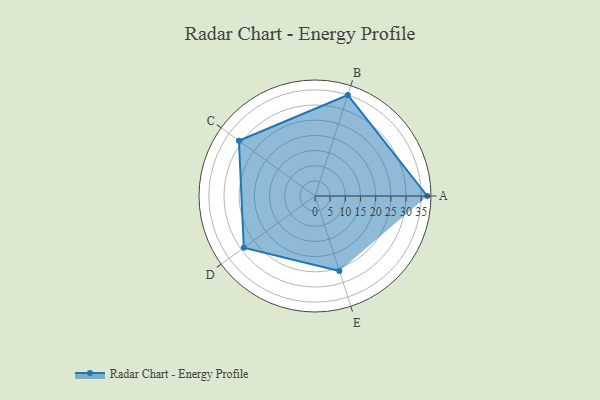
{"axis": {"x": "Skill", "y": "Score"}, "legend": ["Profile"], "data": [{"x": "A", "y": 37.0, "type": "Profile"}, {"x": "B", "y": 35.0, "type": "Profile"}, {"x": "C", "y": 31.0, "type": "Profile"}, {"x": "D", "y": 29.0, "type": "Profile"}, {"x": "E", "y": 26.0, "type": "Profile"}]}